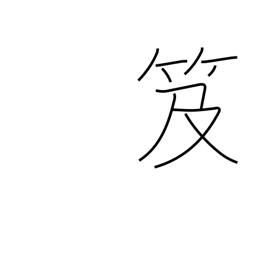
Meaning: backpack bookcase